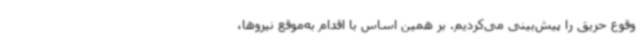
وقوع حریق‌ را پیش‌بینی می‌کردیم. بر همین اساس با اقدام به‌موقع نیروها،